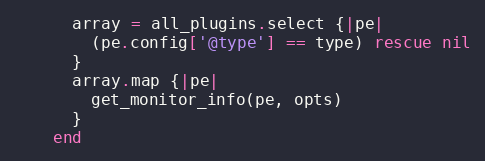
Language: Ruby
      array = all_plugins.select {|pe|
        (pe.config['@type'] == type) rescue nil
      }
      array.map {|pe|
        get_monitor_info(pe, opts)
      }
    end